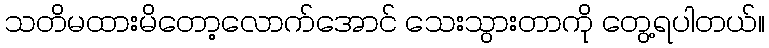
သတိမထားမိတော့လောက်အောင် သေးသွားတာကို တွေ့ရပါတယ်။